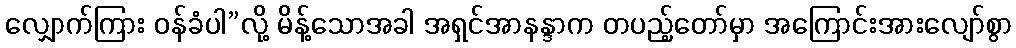
လျှောက်ကြား ဝန်ခံပါ”လို့ မိန့်သောအခါ အရှင်အာနန္ဒာက တပည့်တော်မှာ အကြောင်းအားလျော်စွာ